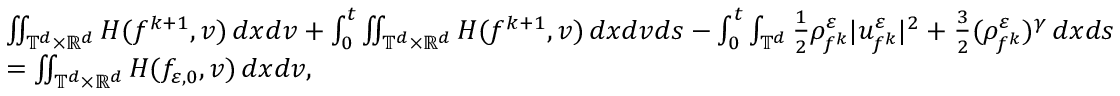
\begin{array} { r l } & { \iint _ { \mathbb T ^ { d } \times \mathbb R ^ { d } } H ( f ^ { k + 1 } , v ) \, d x d v + \int _ { 0 } ^ { t } \iint _ { \mathbb T ^ { d } \times \mathbb R ^ { d } } H ( f ^ { k + 1 } , v ) \, d x d v d s - \int _ { 0 } ^ { t } \int _ { \mathbb T ^ { d } } \frac 1 2 \rho _ { f ^ { k } } ^ { \varepsilon } | u _ { f ^ { k } } ^ { \varepsilon } | ^ { 2 } + \frac 3 2 ( \rho _ { f ^ { k } } ^ { \varepsilon } ) ^ { \gamma } \, d x d s } \\ & { = \iint _ { \mathbb T ^ { d } \times \mathbb R ^ { d } } H ( f _ { \varepsilon , 0 } , v ) \, d x d v , } \end{array}